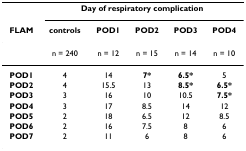
<table><thead><tr><td></td><td colspan="5"><b>Day of respiratory complication</b></td></tr><tr><td><b>FLAM</b></td><td><b>controls</b></td><td><b>POD1</b></td><td><b>POD2</b></td><td><b>POD3</b></td><td><b>POD4</b></td></tr></thead><tbody><tr><td></td><td>n = 240</td><td>n = 12</td><td>n = 15</td><td>n = 14</td><td>n = 10</td></tr><tr><td><b>POD1</b></td><td>4</td><td>14</td><td><b>7*</b></td><td><b>6.5*</b></td><td>5</td></tr><tr><td><b>POD2</b></td><td>4</td><td>15.5</td><td>13</td><td><b>8.5*</b></td><td><b>6.5*</b></td></tr><tr><td><b>POD3</b></td><td>3</td><td>16</td><td>10</td><td>10.5</td><td><b>7.5*</b></td></tr><tr><td><b>POD4</b></td><td>3</td><td>17</td><td>8.5</td><td>14</td><td>12</td></tr><tr><td><b>POD5</b></td><td>2</td><td>18</td><td>6.5</td><td>12</td><td>8.5</td></tr><tr><td><b>POD6</b></td><td>2</td><td>16</td><td>7.5</td><td>8</td><td>6</td></tr><tr><td><b>POD7</b></td><td>2</td><td>11</td><td>6</td><td>8</td><td>6</td></tr></tbody></table>